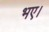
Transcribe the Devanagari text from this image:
भए।